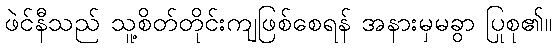
ဖဲင်နီသည် သူ့စိတ်တိုင်းကျဖြစ်စေရန် အနားမှမခွာ ပြုစု၏။